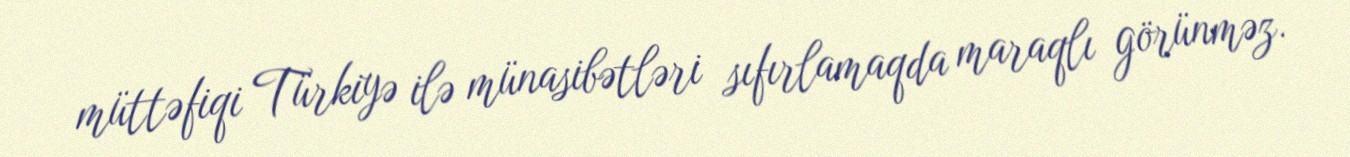
müttəfiqi Türkiyə ilə münasibətləri sıfırlamaqda maraqlı görünməz.